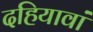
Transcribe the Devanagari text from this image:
दहियावां